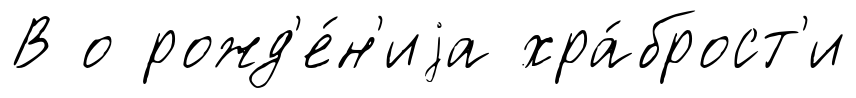
В о рожд'е́н'иjа хра́брост'и